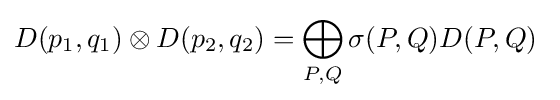
D(p_{1},q_{1})\otimes D(p_{2},q_{2})=\bigoplus _{P,Q}\sigma (P,Q)D(P,Q)~